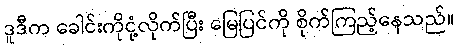
ဒူဒီက ခေါင်းကိုငုံ့လိုက်ပြီး မြေပြင်ကို စိုက်ကြည့်နေသည်။